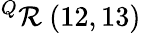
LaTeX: ^{Q}\mathcal{R}\ (12,13)